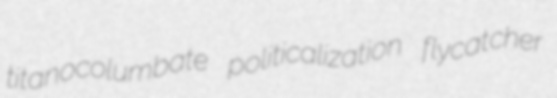
titanocolumbate politicalization flycatcher